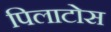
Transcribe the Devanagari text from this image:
पिलाटोस